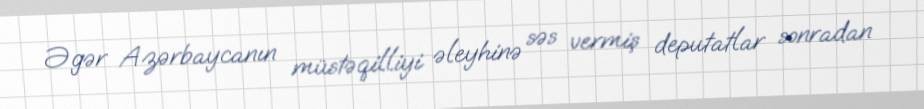
Əgər Azərbaycanın müstəqilliyi əleyhinə səs vermiş deputatlar sonradan